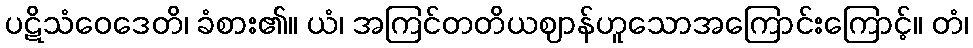
ပဋိသံဝေဒေတိ၊ ခံစား၏။ ယံ၊ အကြင်တတိယဈာန်ဟူသောအကြောင်းကြောင့်။ တံ၊